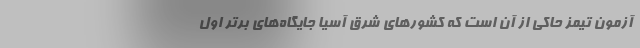
آزمون تیمز حاکی از آن است که کشور‌های شرق آسیا جایگاه‌های برتر اول